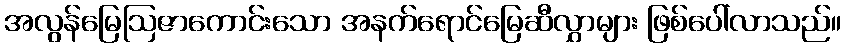
အလွန်မြေဩဇာကောင်းသော အနက်ရောင်မြေဆီလွှာများ ဖြစ်ပေါ်လာသည်။